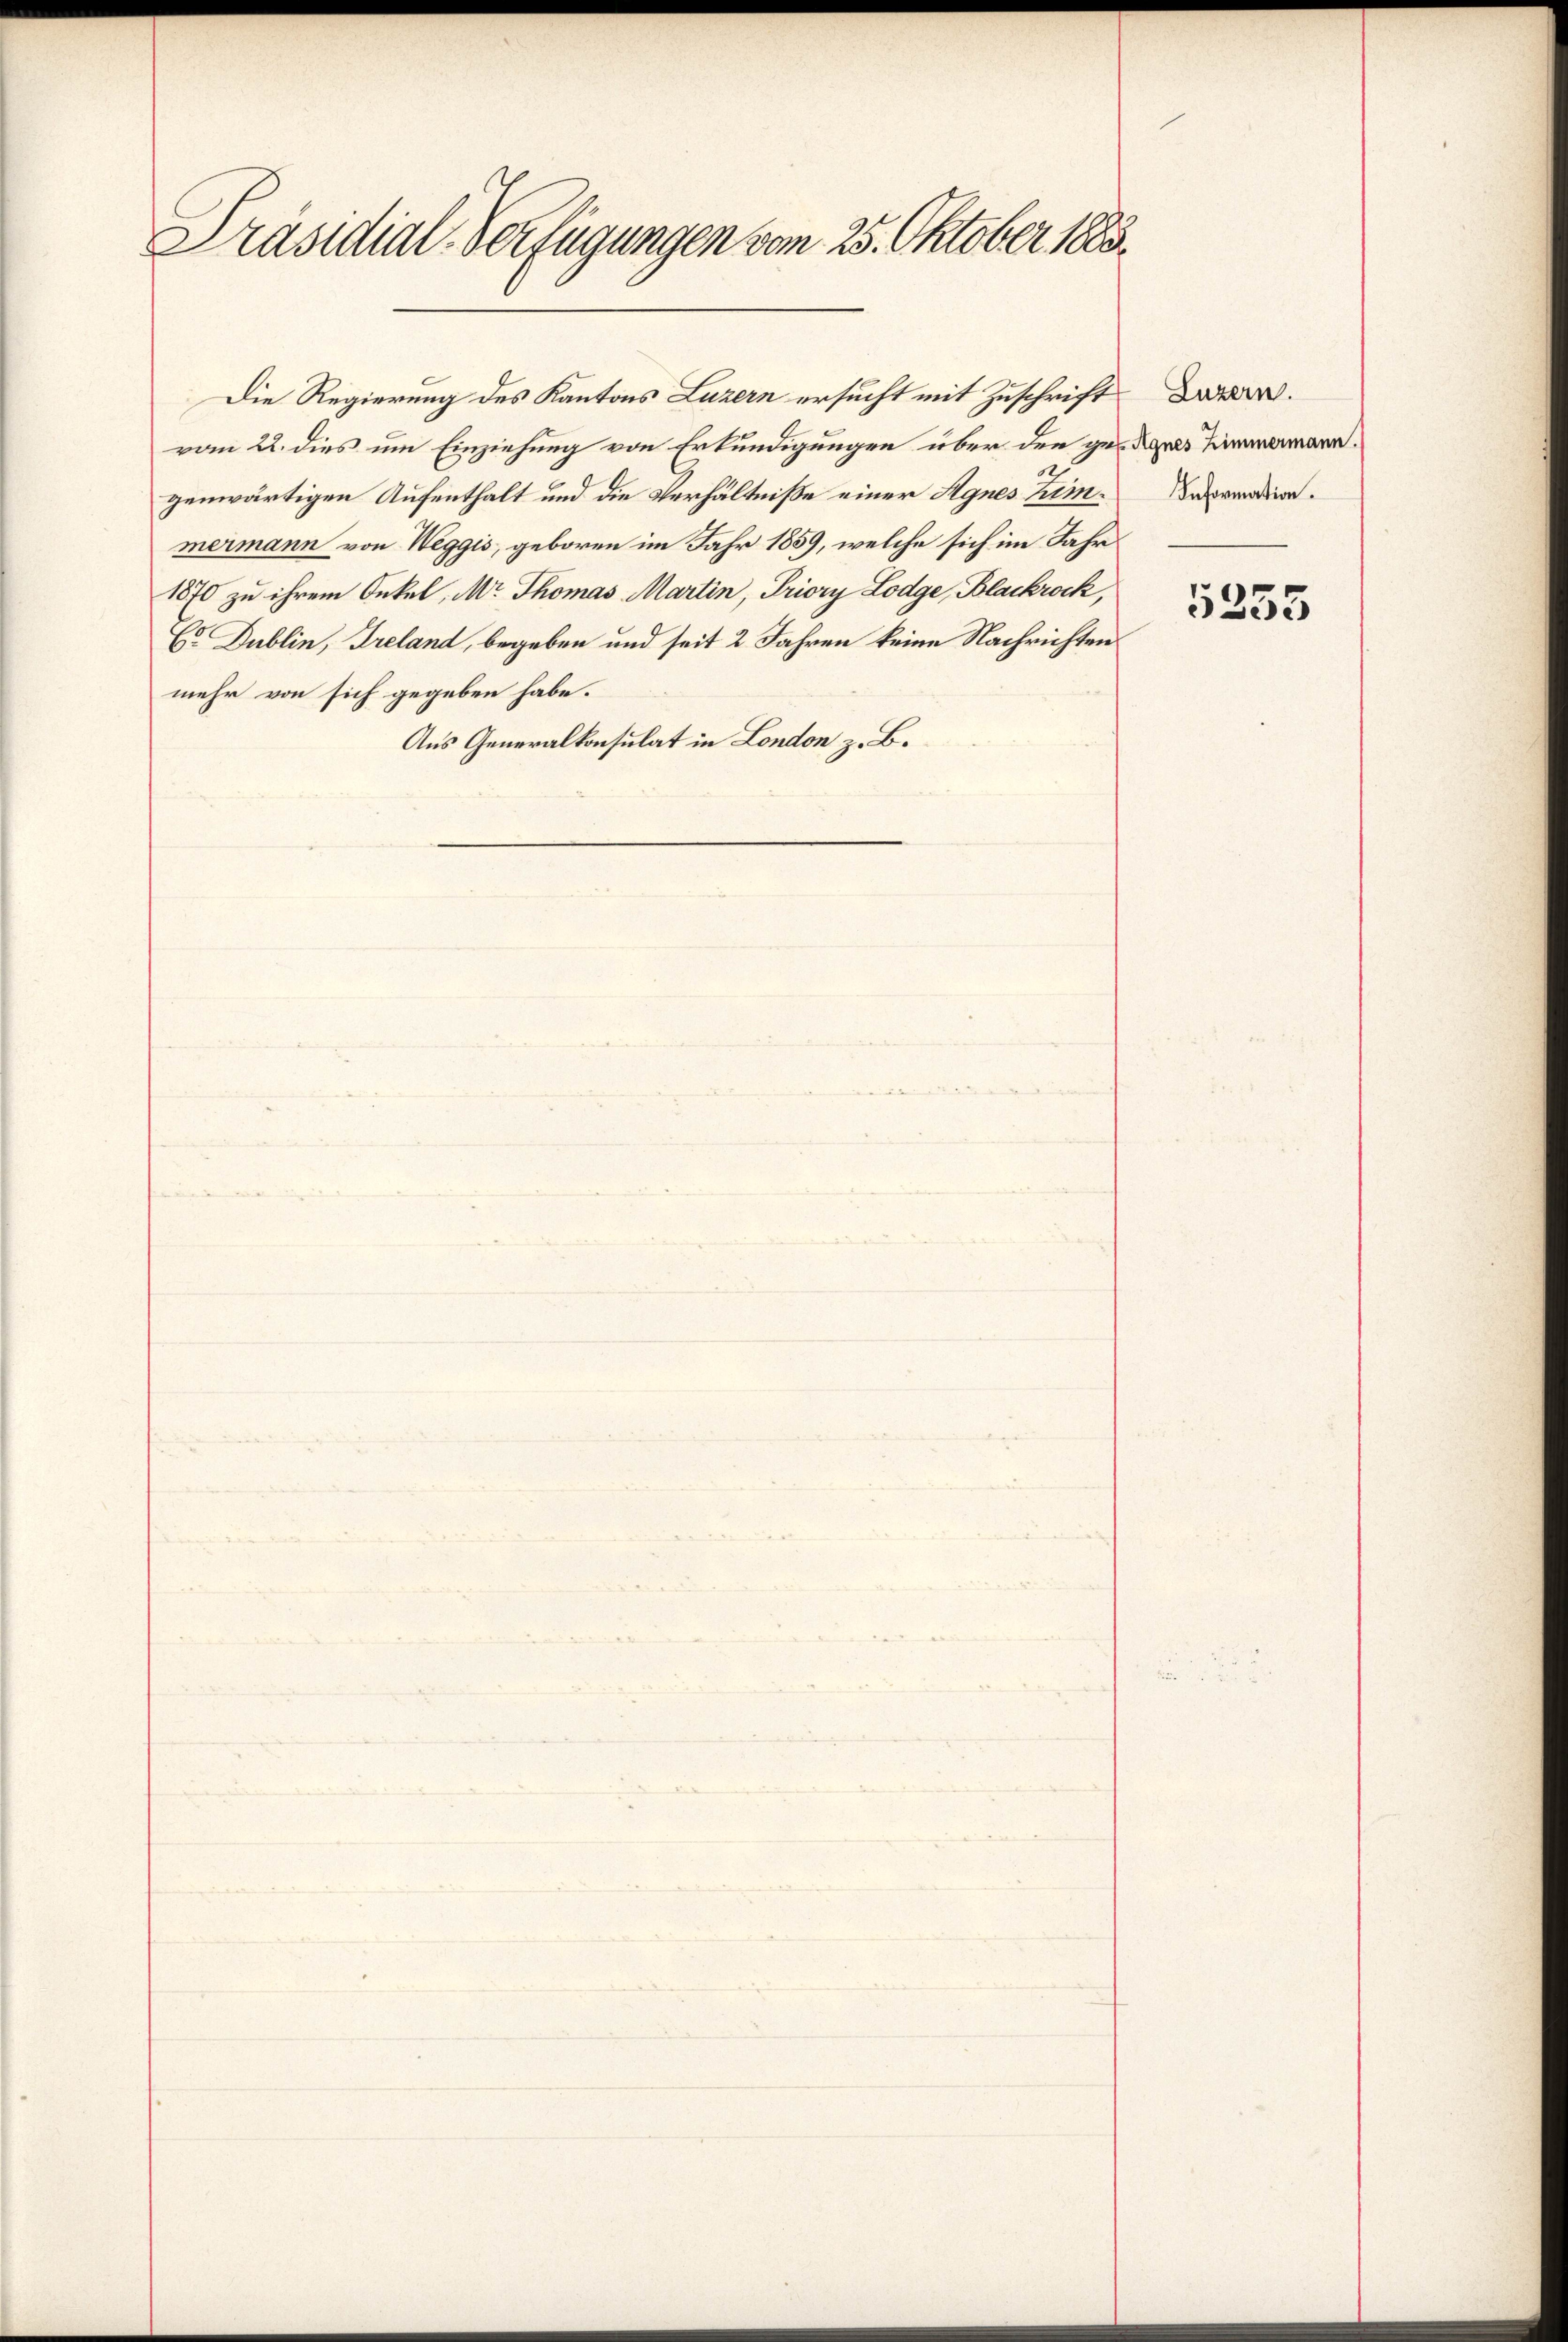
Präsidial-Verfügungen vom 25. Oktober 1883.

vom 2. dies um Einziehung von Erkundigungen über den gedauer Limmamann.
genwärtigen Aufenthalt und die Verhältniße einer Agnes Zimmermann von Weggis, geboren im Jahr 1859, welche sich im Jahr
1870 zu ihrem Onkel, Mr. Thomas Martin, Priory Lodge, Blackrock,
Cr. Dublin, Treland, begeben und seit 2 Jahren keine Nachrichten
mehr von sich gegeben habe.
Aus Generalkonsulat in London z. B.

Die Regierung des Kantons Luzern ersucht mit Zuschrift

Luzern.
Information.

5355